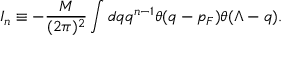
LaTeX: I _ { n } \equiv - \frac { M } { ( 2 \pi ) ^ { 2 } } \int d q q ^ { n - 1 } \theta ( q - p _ { F } ) \theta ( \Lambda - q ) .